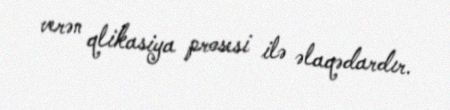
verən qlikasiya prosesi ilə əlaqədardır.